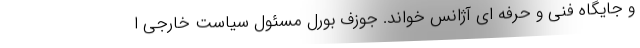
و جایگاه فنی و حرفه ای آژانس خواند. جوزف بورل مسئول سیاست خارجی ا